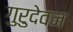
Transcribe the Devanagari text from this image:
गुरुदेवन